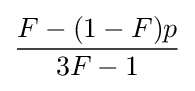
{\frac {F-(1-F)p}{3F-1}}